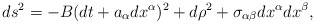
\begin{align*}ds^2=-B(dt+a_\alpha dx^\alpha)^2+d\rho^2+\sigma_{\alpha\beta}dx^\alpha dx^\beta,\end{align*}